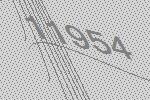
11954